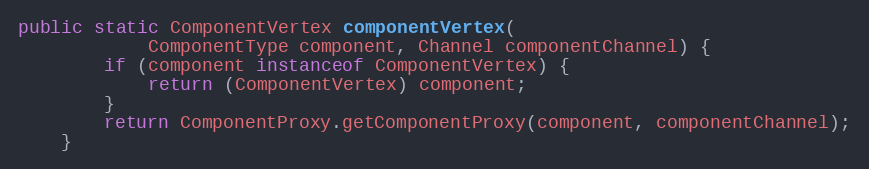
Language: Java
public static ComponentVertex componentVertex(
            ComponentType component, Channel componentChannel) {
        if (component instanceof ComponentVertex) {
            return (ComponentVertex) component;
        }
        return ComponentProxy.getComponentProxy(component, componentChannel);
    }